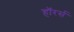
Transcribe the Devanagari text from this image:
हॉरर्स